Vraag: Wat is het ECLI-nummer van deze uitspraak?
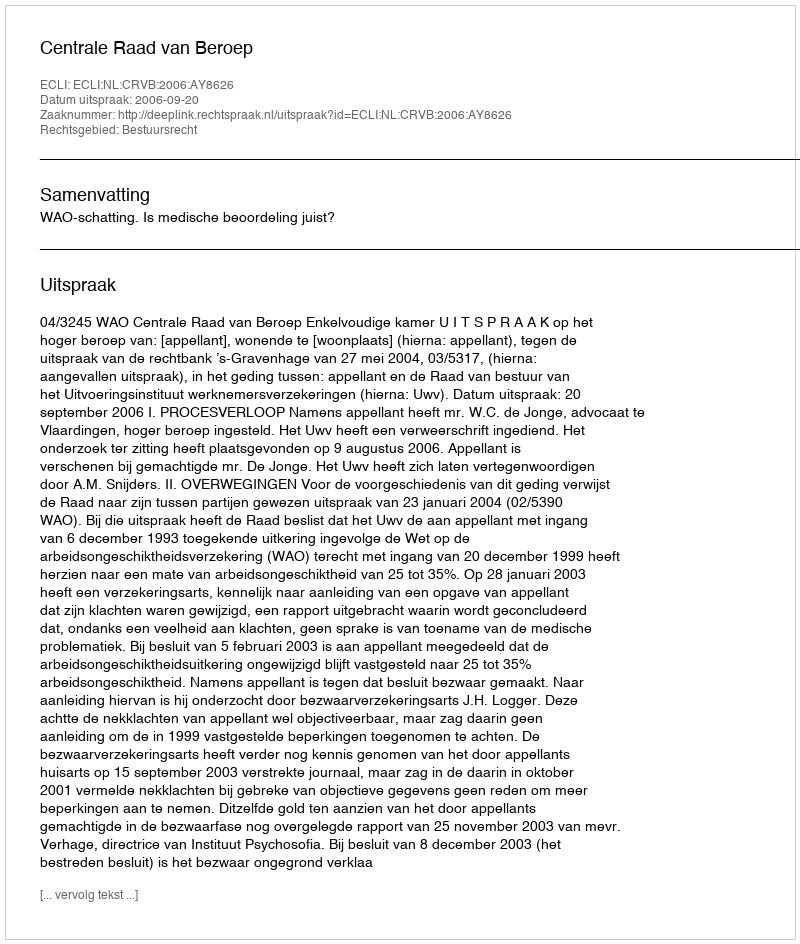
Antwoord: ECLI:NL:CRVB:2006:AY8626